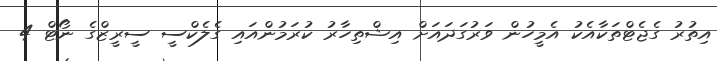
އިތުރު ގެޖެޓްތަކާއެކު އެމީހުން ވަރުގަދައަށް އިޝްތިހާރު ކުރަމުންއައި ގެލެކްސީ ސީރީޒްގެ ނޯޓް 4